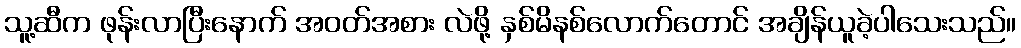
သူ့ဆီက ဖုန်းလာပြီးနောက် အဝတ်အစား လဲဖို့ နှစ်မိနစ်လောက်တောင် အချိန်ယူခဲ့ပါသေးသည်။